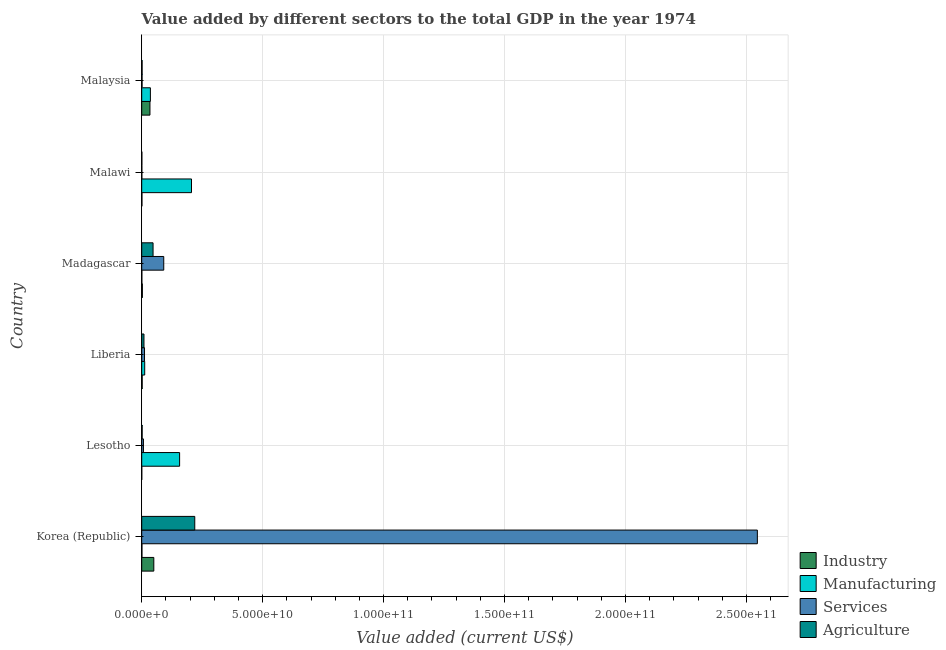
| Country | Industry | Manufacturing | Services | Agriculture |
 | --- | --- | --- | --- | --- |
 | Korea (Republic) | 5e+09 | 8.81e+07 | 2.55e+11 | 2.19e+10 |
 | Lesotho | 1.89e+07 | 1.57e+10 | 7.07e+08 | 1.78e+08 |
 | Liberia | 1.9e+08 | 1.23e+09 | 1.16e+09 | 9.31e+08 |
 | Madagascar | 2.71e+08 | 5e+07 | 9.11e+09 | 4.69e+09 |
 | Malawi | 8.79e+07 | 2.06e+10 | 5.19e+07 | 5.94e+07 |
 | Malaysia | 3.4e+09 | 3.58e+09 | 1.4e+08 | 1.57e+08 |